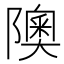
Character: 隩